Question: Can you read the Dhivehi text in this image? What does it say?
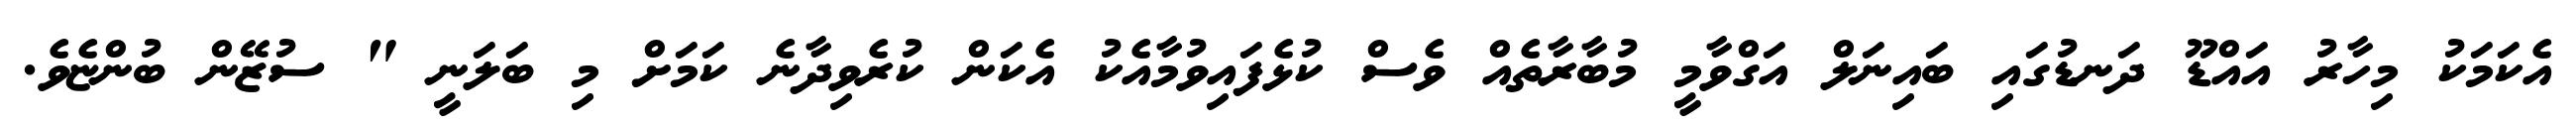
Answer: އެކަމަކު މިހާރު އައްޑޫ ދަނޑުގައި ބައިނަލް އަގްވާމީ މުބާރާތެއް ވެސް ކުޅެފައިވުމާއެކު އެކަން ކުރެވިދާނެ ކަމަށް މި ބަލަނީ " ސުޒޭން ބުންޏެވެ.